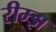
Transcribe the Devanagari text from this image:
रीम्झ